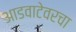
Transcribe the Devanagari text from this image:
आडवाटेवरचा